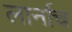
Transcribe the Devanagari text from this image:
लार्नाच